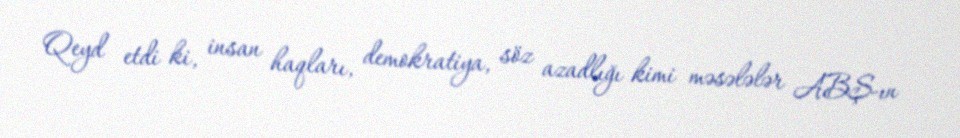
Qeyd etdi ki, insan haqları, demokratiya, söz azadlığı kimi məsələlər ABŞ-ın